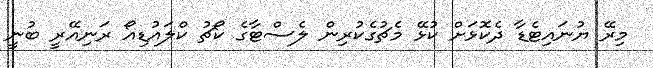
މިރޭ ޔުނައިޓެޑާ ދެކޮޅަށް ކުޅޭ މެޗުގެކުރިން ލެސްޓާގެ ކޯޗު ކްލައުޑިއޯ ރަނިއޭރީ ބުނީ